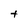
Character: t